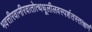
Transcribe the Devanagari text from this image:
भवत्तीरवानीरवातोत्थधूलीलवस्पर्शतस्तत्क्षणं